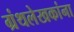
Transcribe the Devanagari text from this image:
ग्रंथलेखकांना